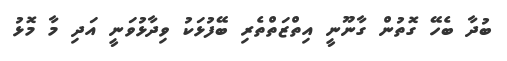
ބުދާ ބެހޭ ގޮތުން ގާނޫނީ އިތްޒަތްތެރި ބޭފުޅަކު ވިދާޅުވަނީ އަދި މާ މޮޅު